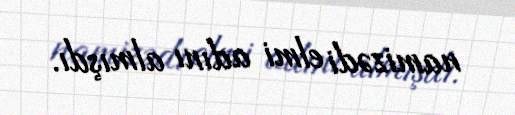
namizədi elmi adını almışdı.